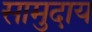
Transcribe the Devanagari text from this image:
सामुदाय